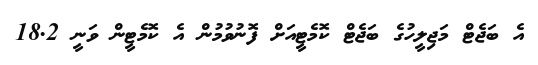
އެ ބަޖެޓް މަޖިލީހުގެ ބަޖެޓް ކޮމެޓީއަށް ފޮނުވުމުން އެ ކޮމެޓީން ވަނީ 18.2